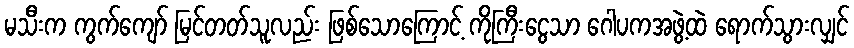
မသီးက ကွက်ကျော် မြင်တတ်သူလည်း ဖြစ်သောကြောင့် ကိုကြီးငွေသာ ဂေါပကအဖွဲ့ထဲ ရောက်သွားလျှင်